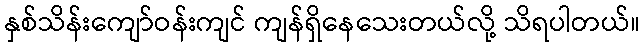
နှစ်သိန်းကျော်ဝန်းကျင် ကျန်ရှိနေသေးတယ်လို့ သိရပါတယ်။